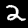
Digit: 2